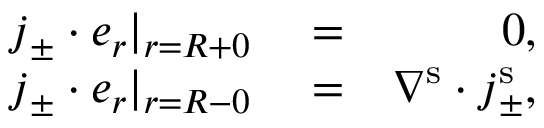
\begin{array} { r l r } { \boldsymbol { j } _ { \pm } \cdot \boldsymbol { e } _ { r } | _ { r = R + 0 } } & { { } = } & { 0 , } \\ { \boldsymbol { j } _ { \pm } \cdot \boldsymbol { e } _ { r } | _ { r = R - 0 } } & { { } = } & { \nabla ^ { \mathrm { s } } \cdot \boldsymbol { j } _ { \pm } ^ { \mathrm { s } } , } \end{array}